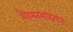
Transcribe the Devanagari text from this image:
शैवमतसाहित्यांत